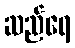
ဆည်ရေ